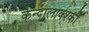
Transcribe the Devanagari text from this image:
कन्दालाक्श्की